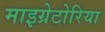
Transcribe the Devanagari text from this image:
माइग्रेटोरिया